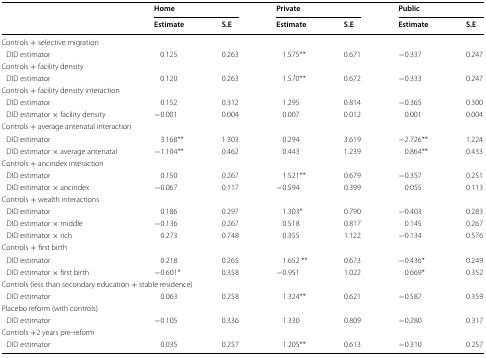
<table><thead><tr><td rowspan="2"></td><td colspan="2"><b>Home</b></td><td colspan="2"><b>Private</b></td><td colspan="2"><b>Public</b></td></tr><tr><td><b>Estimate</b></td><td><b>S.E</b></td><td><b>Estimate</b></td><td><b>S.E</b></td><td><b>Estimate</b></td><td><b>S.E</b></td></tr></thead><tbody><tr><td colspan="7">Controls + selective migration</td></tr><tr><td> DID estimator</td><td>0.125</td><td>0.263</td><td>1.575**</td><td>0.671</td><td>−0.337</td><td>0.247</td></tr><tr><td colspan="7">Controls + facility density</td></tr><tr><td> DID estimator</td><td>0.120</td><td>0.263</td><td>1.570**</td><td>0.672</td><td>−0.333</td><td>0.247</td></tr><tr><td colspan="7">Controls + facility density interaction</td></tr><tr><td> DID estimator</td><td>0.152</td><td>0.312</td><td>1.295</td><td>0.814</td><td>−0.365</td><td>0.300</td></tr><tr><td> DID estimator × facility density</td><td>−0.001</td><td>0.004</td><td>0.007</td><td>0.012</td><td>0.001</td><td>0.004</td></tr><tr><td colspan="7">Controls + average antenatal interaction</td></tr><tr><td> DID estimator</td><td>3.168**</td><td>1.303</td><td>0.294</td><td>3.619</td><td>−2.726**</td><td>1.224</td></tr><tr><td> DID estimator × average antenatal</td><td>−1.104**</td><td>0.462</td><td>0.443</td><td>1.239</td><td>0.864**</td><td>0.433</td></tr><tr><td colspan="7">Controls + ancindex interaction</td></tr><tr><td> DID estimator</td><td>0.150</td><td>0.267</td><td>1.521**</td><td>0.679</td><td>−0.357</td><td>0.251</td></tr><tr><td> DID estimator × ancindex</td><td>−0.067</td><td>0.117</td><td>−0.594</td><td>0.399</td><td>0.055</td><td>0.113</td></tr><tr><td colspan="7">Controls + wealth interactions</td></tr><tr><td> DID estimator</td><td>0.186</td><td>0.297</td><td>1.303*</td><td>0.790</td><td>−0.403</td><td>0.283</td></tr><tr><td> DID estimator × middle</td><td>−0.136</td><td>0.267</td><td>0.518</td><td>0.817</td><td>0.145</td><td>0.267</td></tr><tr><td> DID estimator × rich</td><td>0.273</td><td>0.748</td><td>0.355</td><td>1.122</td><td>−0.134</td><td>0.576</td></tr><tr><td colspan="7">Controls + first birth</td></tr><tr><td> DID estimator</td><td>0.218</td><td>0.265</td><td>1.652 **</td><td>0.673</td><td>−0.436*</td><td>0.249</td></tr><tr><td> DID estimator × first birth</td><td>−0.601*</td><td>0.358</td><td>−0.951</td><td>1.022</td><td>0.669*</td><td>0.352</td></tr><tr><td colspan="7">Controls (less than secondary education + stable residence)</td></tr><tr><td> DID estimator</td><td>0.063</td><td>0.258</td><td>1.324**</td><td>0.621</td><td>−0.587</td><td>0.359</td></tr><tr><td colspan="7">Placebo reform (with controls)</td></tr><tr><td> DID estimator</td><td>−0.105</td><td>0.336</td><td>1.330</td><td>0.809</td><td>−0.280</td><td>0.317</td></tr><tr><td colspan="7">Controls +2 years pre-reform</td></tr><tr><td> DID estimator</td><td>0.035</td><td>0.257</td><td>1.205**</td><td>0.613</td><td>−0.310</td><td>0.257</td></tr></tbody></table>